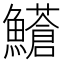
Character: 𩼺